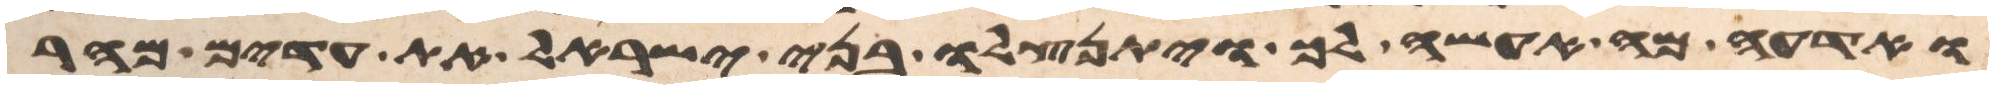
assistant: ואדעה מה אעשה לך ויתנצלו בני ישראל את עדים מהר